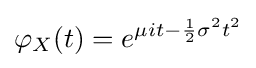
\varphi _{X}(t)=e^{\mu it-{\frac {1}{2}}\sigma ^{2}t^{2}}